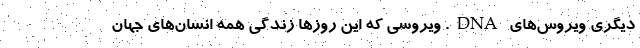
دیگری ویروس‌های DNA. ویروسی که این روزها زندگی همه انسان‌های جهان